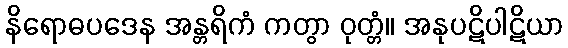
နိရောဓပဒေန အန္တရိကံ ကတွာ ဝုတ္တံ။ အနုပဋိပါဋိယာ